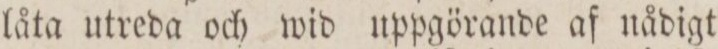
låta utreda och wid uppgörande af nådigt